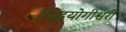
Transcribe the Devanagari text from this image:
सिद्धयोगीश्वरी